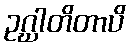
ဥဂ္ဃါတိတာပိ